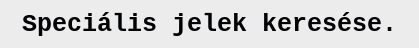
Speciális jelek keresése.